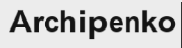
Archipenko